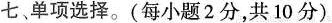
七,单项选择.(每小题2分,共 10 分)